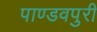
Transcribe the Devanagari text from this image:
पाण्डवपुरी